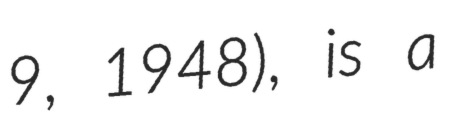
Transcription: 9, 1948), is a